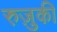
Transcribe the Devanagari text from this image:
रुज़ुकी